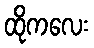
ထိုကလေး